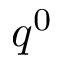
q ^ { 0 }